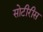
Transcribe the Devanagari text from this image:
सोटीरीस